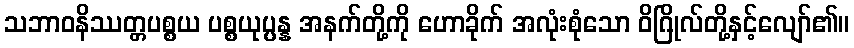
သဘာဝနိဿတ္တပစ္စယ ပစ္စယုပ္ပန္န အနက်တို့ကို ဟောခိုက် အလုံးစုံသော ဝိဂြိုလ်တို့နှင့်လျော်၏။